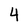
Character: 4